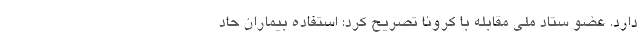
دارد. عضو ستاد ملی مقابله با کرونا تصریح کرد: استفاده بیماران حاد